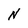
Character: N